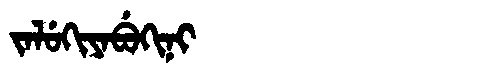
Manchu: ᠵᠠᠯᡠᡴᡳᠶᠠᠪᡠᡴᡳᠨᡳ
Romanization: JALUKIYABUKINI